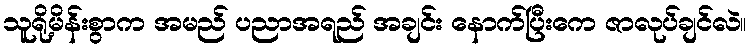
သူရို့မိန်းစွာက အမည် ပညာအရည် အချင်း နောက်ပြီးကေ ဇာလုပ်ချင်လဲ။